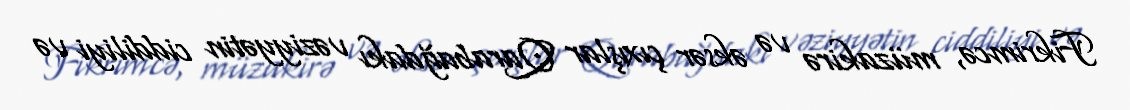
Fikrimcə, müzakirə və əksər çıxışlar Qarabağdakı vəziyyətin ciddiliyi və